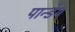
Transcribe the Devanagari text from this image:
पान्डेय